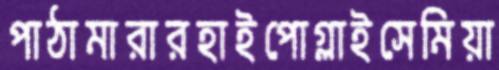
পাঠামারারহাইপোগ্লাইসেমিয়া